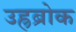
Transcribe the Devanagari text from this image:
उह्रब्रोक